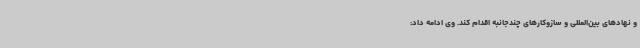
و نهادهای بین‌المللی و سازوکارهای چندجانبه اقدام کند. وی ادامه داد: